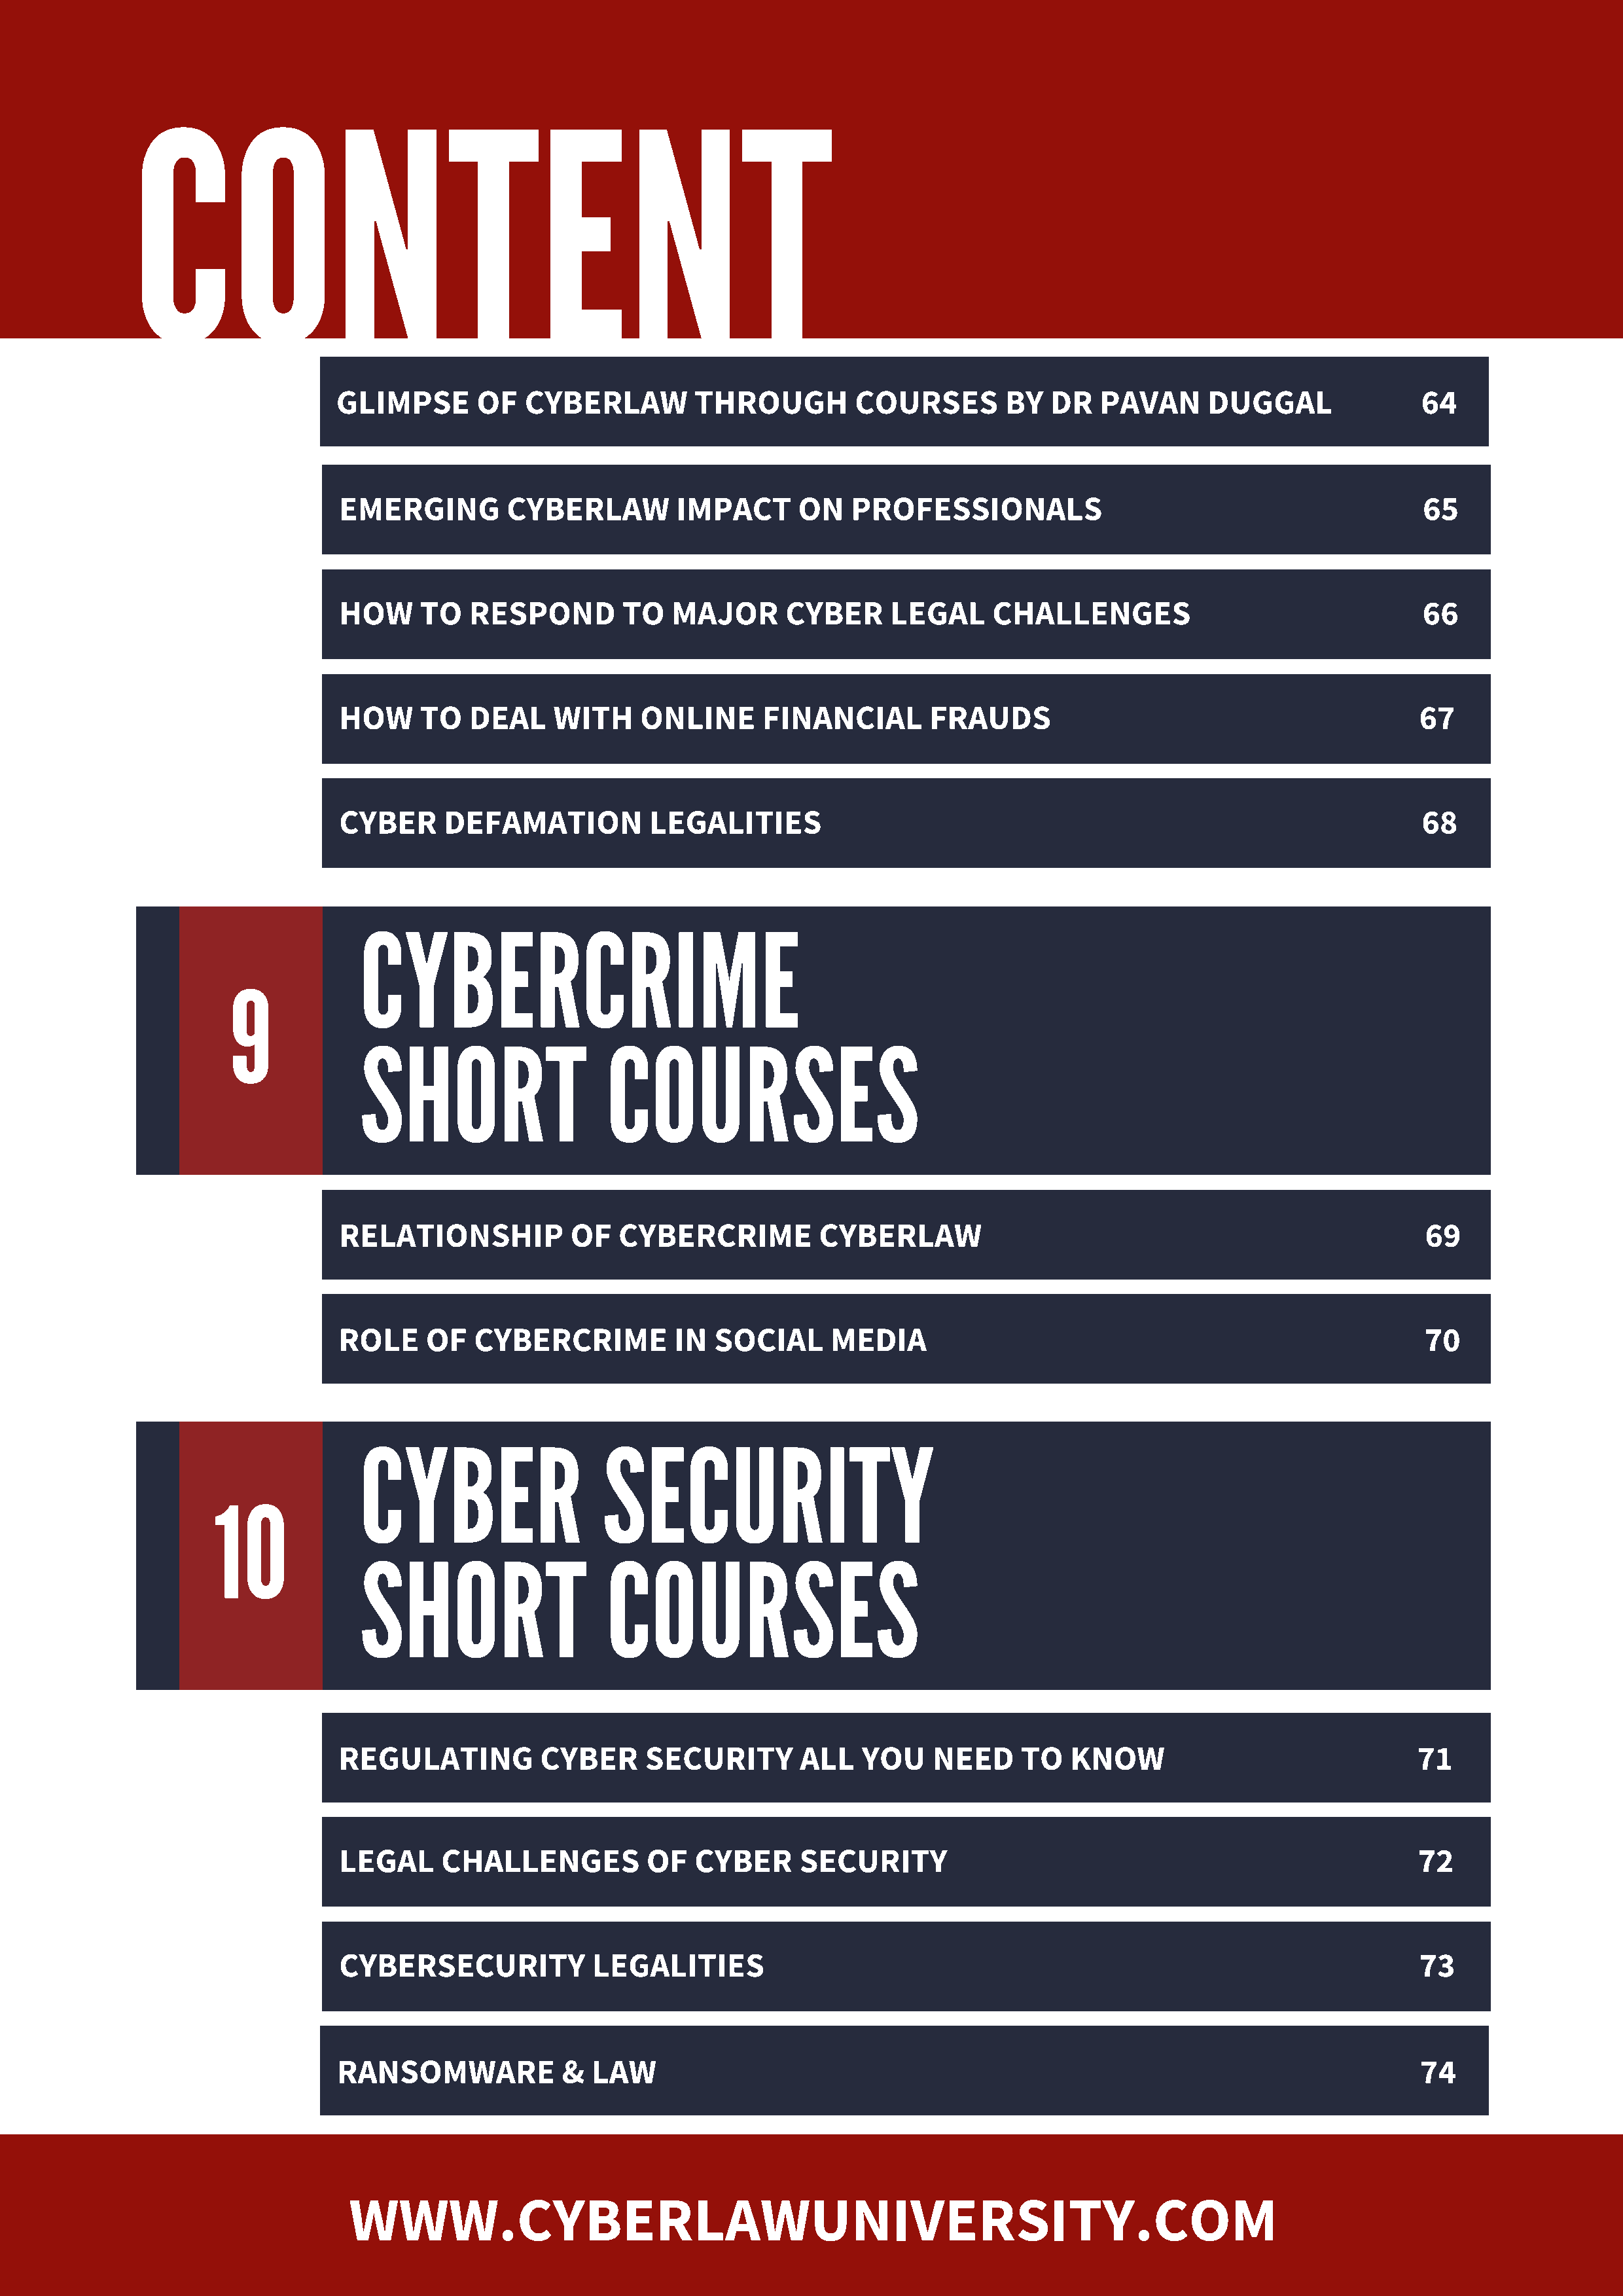
CONTENT
 GLIMPSE       OF   CYBERLAW         THROUGH         COURSES         BY  DR   PAVAN      DUGGAL                64
 EMERGING         CYBERLAW         IMPACT       ON   PROFESSIONALS                                             65
 HOW     TO   RESPOND         TO   MAJOR      CYBER      LEGAL     CHALLENGES                                  66
 HOW     TO   DEAL     WITH     ONLINE      FINANCIAL        FRAUDS                                            67
 CYBER      DEFAMATION           LEGALITIES                                                                    68
 CYBERCRIME
 9
 SHORT                    COURSES
 RELATIONSHIP            OF   CYBERCRIME          CYBERLAW                                                     69
 ROLE     OF   CYBERCRIME          IN  SOCIAL      MEDIA                                                       70
 CYBER                    SECURITY
 10
 SHORT                    COURSES
 REGULATING           CYBER     SECURITY        ALL   YOU    NEED     TO   KNOW                               71
 LEGAL      CHALLENGES          OF   CYBER      SECURITY                                                      72
 CYBERSECURITY             LEGALITIES                                                                          73
 RANSOMWARE             &  LAW                                                                                 74
 WWW.CYBERLAWUNIVERSITY.COM